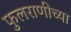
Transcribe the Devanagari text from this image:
फुलराणीच्या